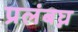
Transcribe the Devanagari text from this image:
प्रलंबघ्न